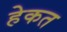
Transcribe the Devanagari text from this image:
हेकत